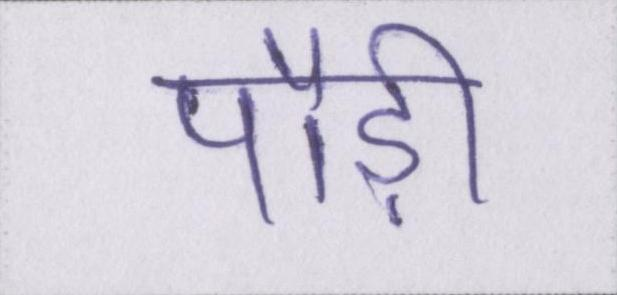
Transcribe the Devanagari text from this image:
पौड़ी